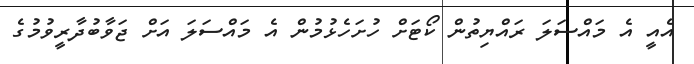
އެއީ އެ މައްސަލަ ރައްޔިތުން ކޯޓަށް ހުށަހެޅުމުން އެ މައްސަލަ އަށް ޖަވާބުދާރީވުމުގެ